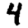
Digit: 4